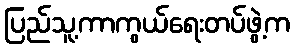
ပြည်သူ့ကာကွယ်ရေးတပ်ဖွဲ့က